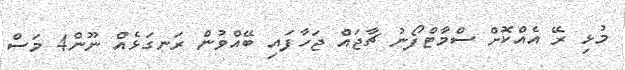
މުޅި ރޭ އެއްކޮށް ސްމާޓްފޯނު ޗާޖައް ޖަހާފައި ބޭއްވުން ރަނގަޅެއް ނޫން4 މަސް